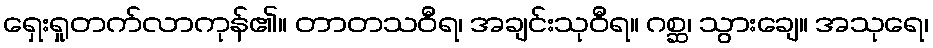
ရှေးရှုတက်လာကုန်၏။ တာတသဝီရ၊ အချင်းသုဝီရ။ ဂစ္ဆ၊ သွားချေ။ အသုရေ၊